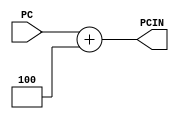
module PCAdder(
    PC,
    PCIN
);
input [31:0] PC;
output wire [31:0] PCIN;

assign PCIN = PC + 32'h4;

endmodule